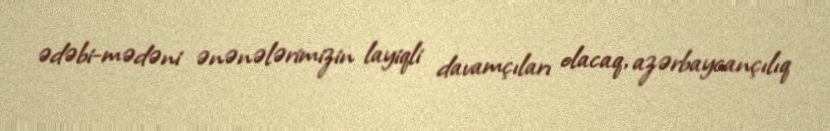
ədəbi-mədəni ənənələrimizin layiqli davamçıları olacaq, azərbaycançılıq